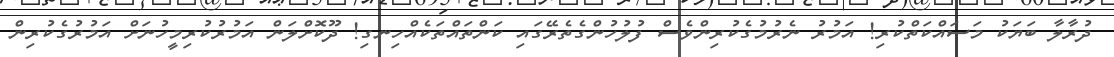
ދުރާލާ ބަޔަކު މަސައްކަތްކުރި! އަމުރު ނެރުމުގެކުރިންވެސް ފުލުހުންގެތެރޭގައި ކަންތައްތަކެއްހިނގި! ދޫކޮށްލަން އަމުރުކުރިމީހުނަށް އަމުރުގެކުރިން